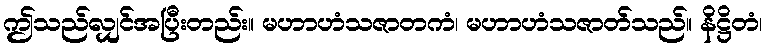
ဤသည်လျှင်အပြီးတည်း။ မဟာဟံသဇာတကံ၊ မဟာဟံသဇာတ်သည်။ နိဋ္ဌိတံ၊